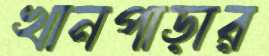
খানপাড়ার